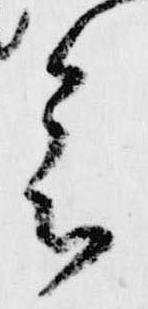
会